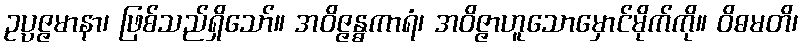
ဥပ္ပဇ္ဇမာနာ၊ ဖြစ်သည်ရှိသော်။ အဝိဇ္ဇန္ဓကာရံ၊ အဝိဇ္ဇာဟူသောမှောင်မိုက်ကို။ ဝိဓမတိ၊